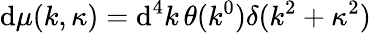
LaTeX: \mathrm{d}\mu(k,\kappa)=\mathrm{d}^{4}k\, \theta(k^{0})\delta(k^{2}+\kappa^{2})